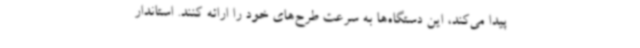
پیدا می‌کند، این دستگاه‌ها به سرعت طرح‌های خود را ارائه کنند. استاندار